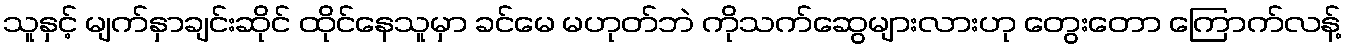
သူနှင့် မျက်နှာချင်းဆိုင် ထိုင်နေသူမှာ ခင်မေ မဟုတ်ဘဲ ကိုသက်ဆွေများလားဟု တွေးတော ကြောက်လန့်